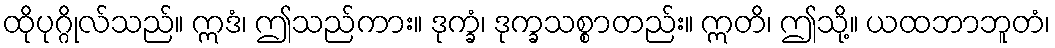
ထိုပုဂ္ဂိုလ်သည်။ ဣဒံ၊ ဤသည်ကား။ ဒုက္ခံ၊ ဒုက္ခသစ္စာတည်း။ ဣတိ၊ ဤသို့။ ယထဘာဘူတံ၊